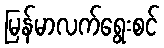
မြန်မာလက်ရွေးစင်